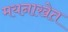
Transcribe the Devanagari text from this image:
मयनाखेत